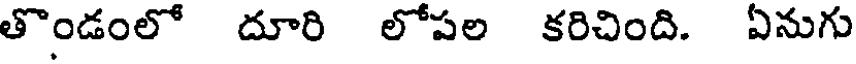
తొండంలో దూరి లోపల కరిచింది. ఏనుగు